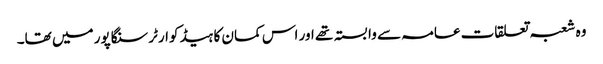
وہ شعبہ تعلقات عامہ سے وابستہ تھے اور اس کمان کا ہیڈ کوارٹر سنگاپور میں تھا۔